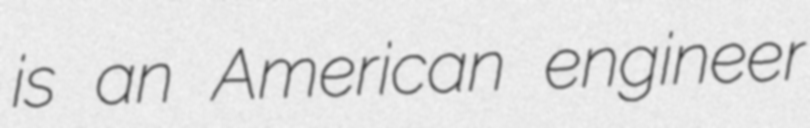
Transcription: is an American engineer